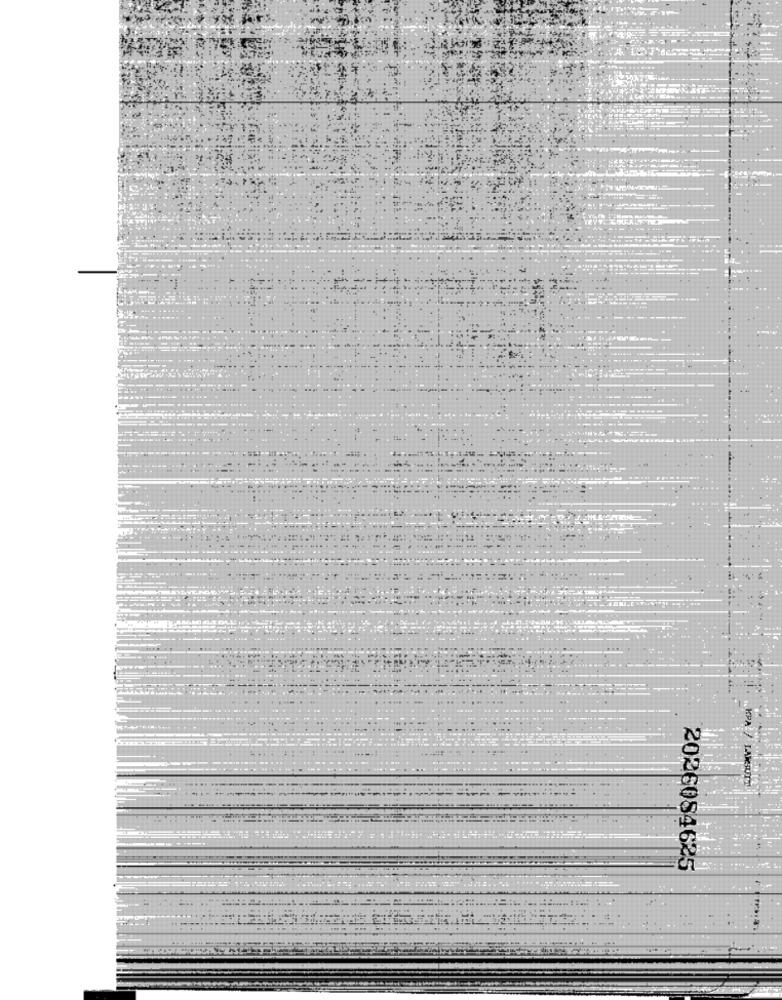
KPA/ LAKSUTT
2026084625